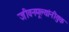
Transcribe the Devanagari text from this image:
जीवनमूल्यांनीयुक्त